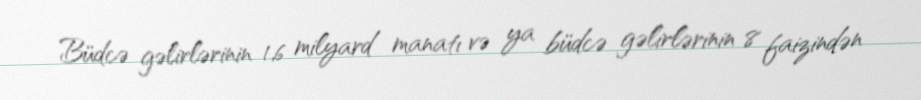
Büdcə gəlirlərinin 1,6 milyard manatı və ya büdcə gəlirlərinin 8 faizindən